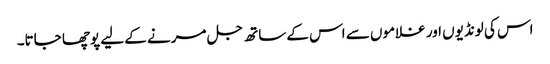
اس کی لونڈیوں اور غلاموں سے اس کے ساتھ جل مرنے کے لیے پوچھا جاتا۔